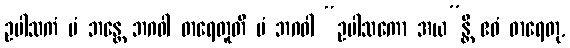
ဥပါသကံ မံ ဘန္တေ ဘဂဝါ ဓာရေတူတိ မံ ဘဂဝါ “ဥပါသကော အယ”န္တိ ဧဝံ ဓာရေတု,